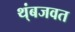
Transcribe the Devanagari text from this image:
थ्ंबजवत